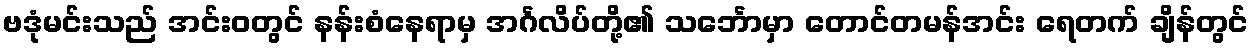
ဗဒုံမင်းသည် အင်းဝတွင် နန်းစံနေရာမှ အင်္ဂလိပ်တို့၏ သင်္ဘောမှာ တောင်တမန်အင်း ရေတက် ချိန်တွင်